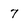
Character: 7